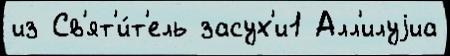
из Св'ят'и́т'ель засух'и1 Алл'илуjиа